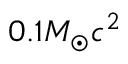
0 . 1 { \ensuremath { M _ { \odot } } } c ^ { 2 }